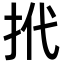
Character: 𢫙